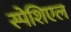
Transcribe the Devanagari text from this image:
स्पेशिएल